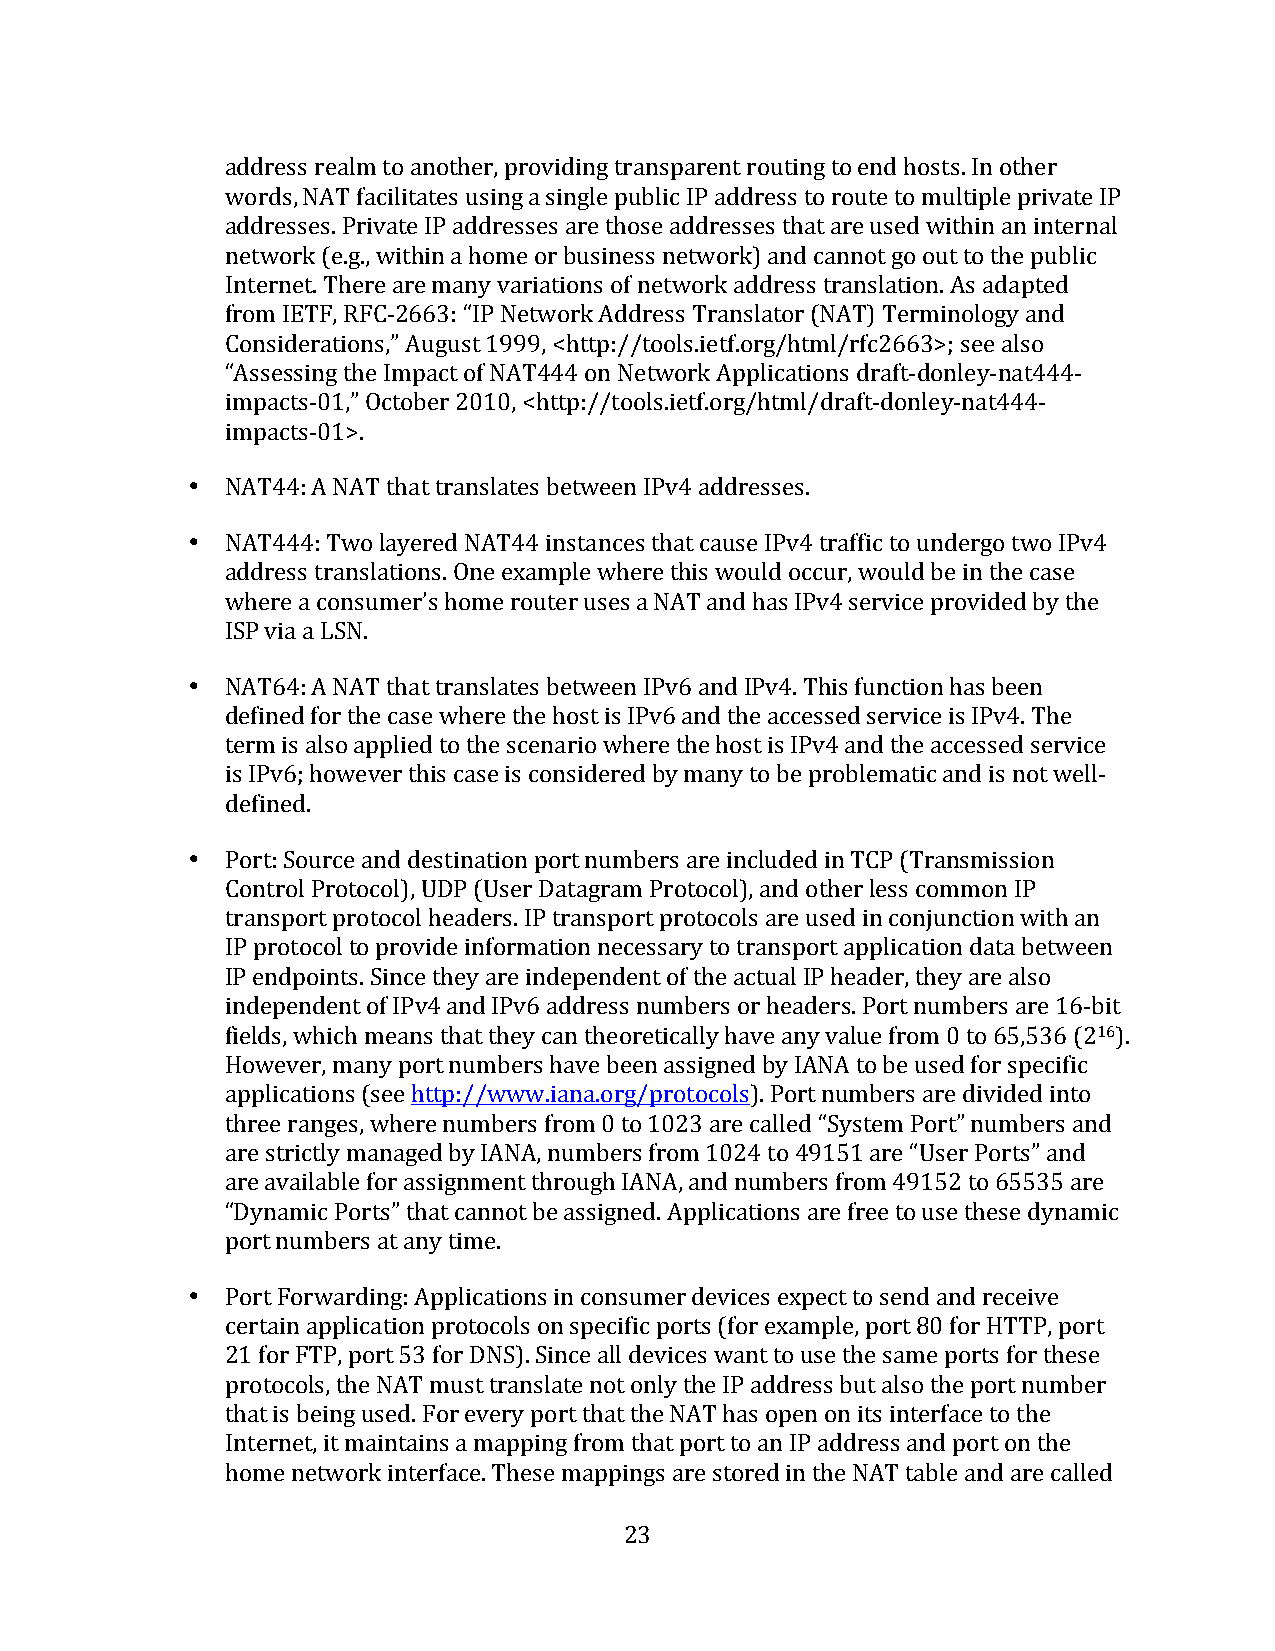
address realm to another, providing transparent routing to end hosts. In other
 words, NAT facilitates using a single public IP address to route to multiple private IP
 addresses. Private IP addresses are those addresses that are used within an internal
 network (e.g., within a home or business network) and cannot go out to the public
 Internet. There are many variations of network address translation. As adapted
 from IETF, RFC-­‐2663: “IP Network Address Translator (NAT) Terminology and
 Considerations,” August 1999, <http://tools.ietf.org/html/rfc2663>; see also
 “Assessing the Impact of NAT444 on Network Applications draft-­‐donley-­‐nat444-­‐
 impacts-­‐01,” October 2010, <http://tools.ietf.org/html/draft-­‐donley-­‐nat444-­‐
 impacts-­‐01>.
 •  NAT44: A NAT that translates between IPv4 addresses.
 •  NAT444: Two layered NAT44 instances that cause IPv4 traffic to undergo two IPv4
 address translations. One example where this would occur, would be in the case
 where a consumer’s home router uses a NAT and has IPv4 service provided by the
 ISP via a LSN.
 •  NAT64: A NAT that translates between IPv6 and IPv4. This function has been
 defined for the case where the host is IPv6 and the accessed service is IPv4. The
 term is also applied to the scenario where the host is IPv4 and the accessed service
 is IPv6; however this case is considered by many to be problematic and is not well-­‐
 defined.
 •  Port: Source and destination port numbers are included in TCP (Transmission
 Control Protocol), UDP (User Datagram Protocol), and other less common IP
 transport protocol headers. IP transport protocols are used in conjunction with an
 IP protocol to provide information necessary to transport application data between
 IP endpoints. Since they are independent of the actual IP header, they are also
 independent of IPv4 and IPv6 address numbers or headers. Port numbers are 16-­‐bit
 fields, which means that they can theoretically have any value from 0 to 65,536 (216).
 However, many port numbers have been assigned by IANA to be used for specific
 applications (see http://www.iana.org/protocols). Port numbers are divided into
 three ranges, where numbers from 0 to 1023 are called “System Port” numbers and
 are strictly managed by IANA, numbers from 1024 to 49151 are “User Ports” and
 are available for assignment through IANA, and numbers from 49152 to 65535 are
 “Dynamic Ports” that cannot be assigned. Applications are free to use these dynamic
 port numbers at any time.
 •  Port Forwarding: Applications in consumer devices expect to send and receive
 certain application protocols on specific ports (for example, port 80 for HTTP, port
 21 for FTP, port 53 for DNS). Since all devices want to use the same ports for these
 protocols, the NAT must translate not only the IP address but also the port number
 that is being used. For every port that the NAT has open on its interface to the
 Internet, it maintains a mapping from that port to an IP address and port on the
 home network interface. These mappings are stored in the NAT table and are called
 23